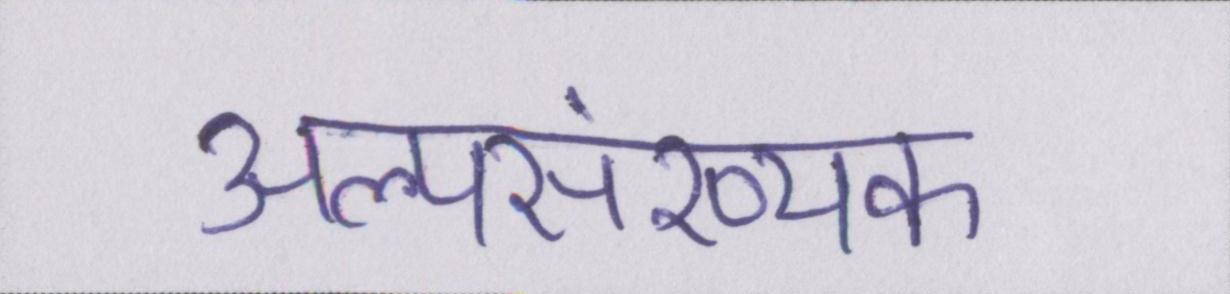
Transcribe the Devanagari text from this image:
अल्पसंख्यक